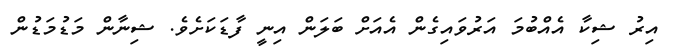
އިރު ޝިކާ އެއްބުމަ އަރުވައިގެން އެއަށް ބަލަން އިނީ ފާޑަކަށެވެ. ޝިނާން މަޑުމަޑުން